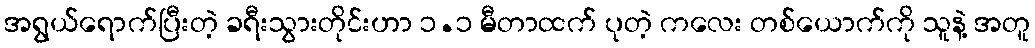
အရွယ်ရောက်ပြီးတဲ့ ခရီးသွားတိုင်းဟာ ၁.၁ မီတာထက် ပုတဲ့ ကလေး တစ်ယောက်ကို သူနဲ့ အတူ